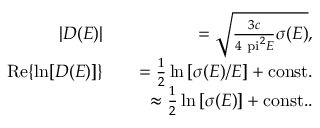
\begin{array} { r l r } { | D ( E ) | } & { } & { = \sqrt { \frac { 3 c } { 4 \mathrm { \ p i } ^ { 2 } E } \sigma ( E ) } , } \\ { \mathrm { R e } \{ \ln [ D ( E ) ] \} } & { } & { = \frac { 1 } { 2 } \ln \left[ \sigma ( E ) / E \right] + \mathrm { c o n s t . } } \\ & { } & { \approx \frac { 1 } { 2 } \ln \left[ \sigma ( E ) \right] + \mathrm { c o n s t . } . } \end{array}